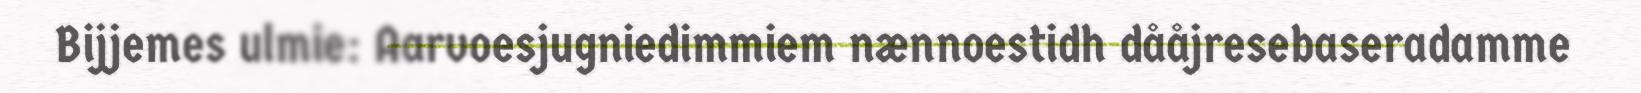
Bijjemes ulmie: Aarvoesjugniedimmiem nænnoestidh dååjresebaseradamme